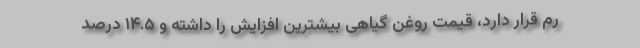
رم قرار دارد، قیمت روغن گیاهی بیشترین افزایش را داشته و ۱۴.۵ درصد